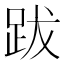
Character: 跋